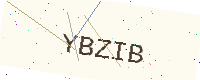
Text: YBZIB